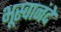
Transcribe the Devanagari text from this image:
भूस्वानंदे